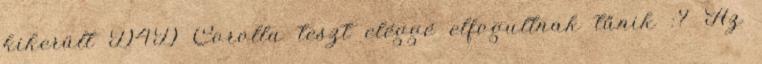
kikerült D4D Corolla teszt eléggé elfogultnak tűnik :? Az